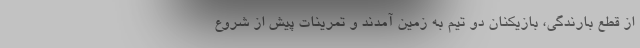
از قطع بارندگی، بازیکنان دو تیم به زمین آمدند و تمرینات پیش از شروع